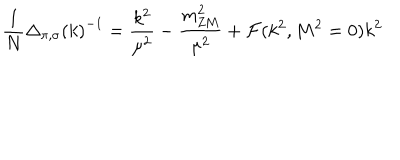
\frac { 1 } { N } { \Delta _ { \pi , \sigma } ( k ) } ^ { - 1 } = \frac { k ^ { 2 } } { \mu ^ { 2 } } - \frac { m _ { \mathrm { Z M } } ^ { 2 } } { \mu ^ { 2 } } + { \cal F } ( k ^ { 2 } , M ^ { 2 } = 0 ) k ^ { 2 }